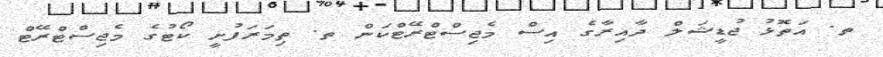
ތ. އަތޮޅު ޖުޑީޝަލް ދާއިރާގެ އިސް މެޖިސްޓްރޭޓްކަން ތ. ތިމަރަފުށީ ކޯޓުގެ މެޖިސްޓްރޭޓް